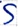
Text: S